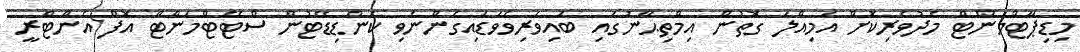
މިޑިޕާޓްމަންޓް މެދުވެރިކޮށް އަމިއްލަ ގޮތުން އިމްތިޙާނުގައި ބައިވެރިވެވަޑައިގެންނެވި ކެންޑިޑޭޓުން ސްޓޭޓްމަންޓް އޮފް އެންޓްރީ